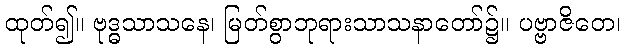
ထုတ်၍။ ဗုဒ္ဓသာသနေ၊ မြတ်စွာဘုရားသာသနာတော်၌။ ပဗ္ဗာဇိတေ၊